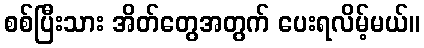
စစ်ပြီးသား အိတ်တွေအတွက် ပေးရလိမ့်မယ်။